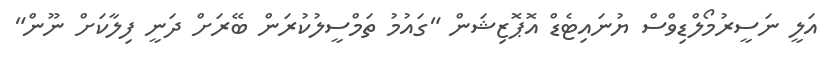
އަލީ ނަސީރުމޯލްޑިވްސް ޔުނައިޓެޑް އޮޕޮޒިޝަން "ގައުމު ތަމްސީލުކުރަން ބޭރަށް ދަނީ ފިލާކަށް ނޫން"